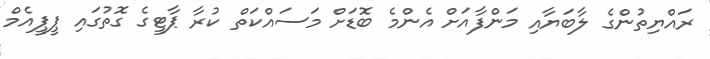
ރައްޔިތުންގެ ލާބަޔާއި މަންފާއަށް އެންމެ ބޮޑަށް މަސައްކަތް ކުރާ ޕާޓީގެ ގޮތުގައި ޕީޕީއެމް